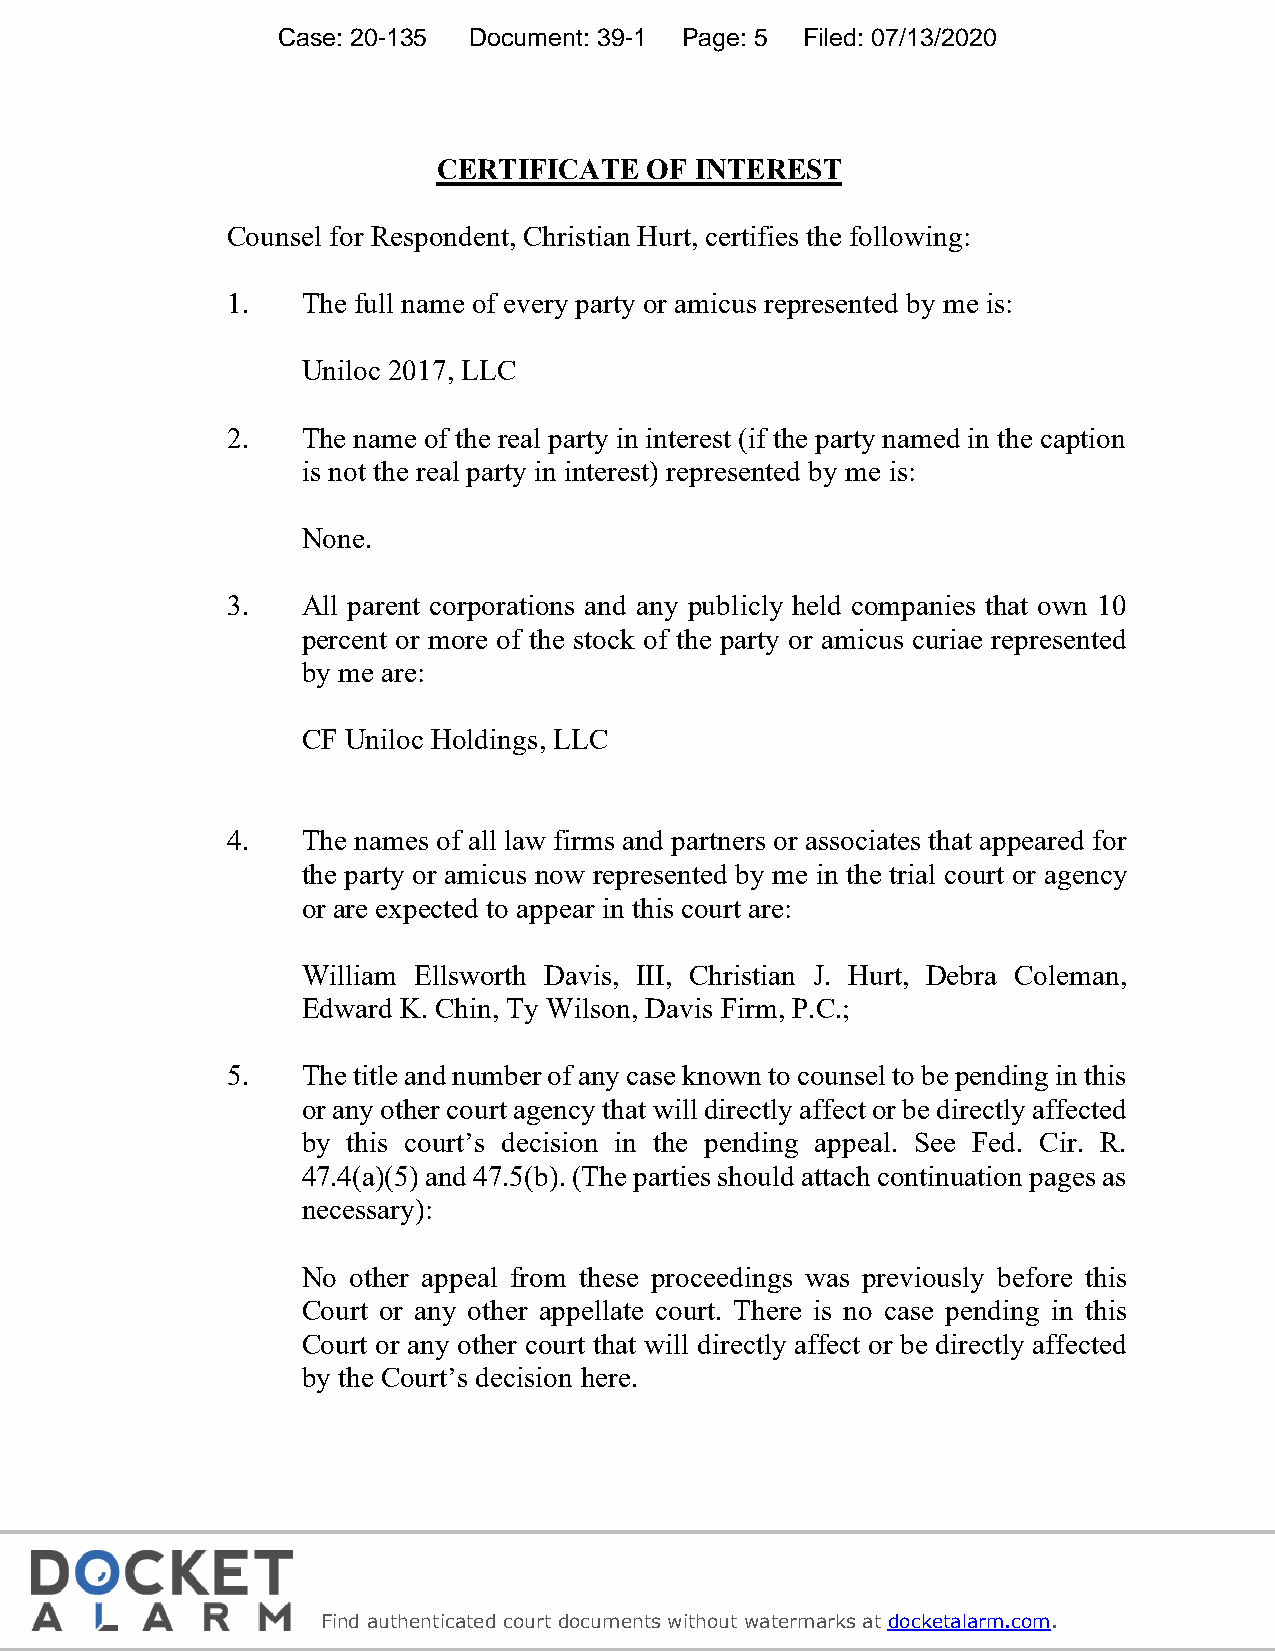
Case: 20-135 Document: 39-1 Page: 5 Filed: 07/13/2020
 CERTIFICATE   OF INTEREST
 Counsel for Respondent, Christian Hurt, certifies the following:
 1.   The full name of every party or amicus represented by me is:
 Uniloc 2017, LLC
 2.   The name of the real party in interest (if the party named in the caption
 is not the real party in interest) represented by me is:
 None.
 3.   All parent corporations and any publicly held companies that own 10
 percent or more of the stock of the party or amicus curiae represented
 by me are:
 CF Uniloc Holdings, LLC
 4.   The names of all law firms and partners or associates that appeared for
 the party or amicus now represented by me in the trial court or agency
 or are expected to appear in this court are:
 William Ellsworth Davis, III, Christian J. Hurt, Debra Coleman,
 Edward K. Chin, Ty Wilson, Davis Firm, P.C.;
 5.   The title and number of any case known to counsel to be pending in this
 or any other court agency that will directly affect or be directly affected
 by this court’s decision in the pending appeal. See Fed. Cir. R.
 47.4(a)(5) and 47.5(b). (The parties should attach continuation pages as
 necessary):
 No other appeal from these proceedings was previously before this
 Court or any other appellate court. There is no case pending in this
 Court or any other court that will directly affect or be directly affected
 by the Court’s decision here.
 5
 f
 Find authenticated court documents without watermarks at docketalarm.com.